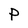
Character: P